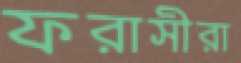
ফরাসীরা